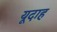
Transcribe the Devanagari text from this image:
यूदाह